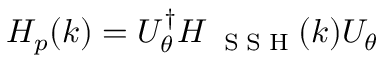
H _ { p } ( k ) = U _ { \theta } ^ { \dagger } H _ { \mathrm { ~ \tiny ~ S ~ S ~ H ~ } } ( k ) U _ { \theta }